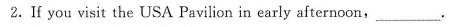
2.If you visit the USA Pavilion in early afternoon,___